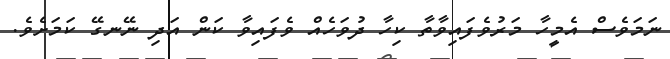
ނަމަވެސް އެމީހާ މަރުވެފައިވާތާ ކިހާ ދުވަހެއް ވެފައިވާ ކަން އަދި ނޭނގޭ ކަމަށެވެ.